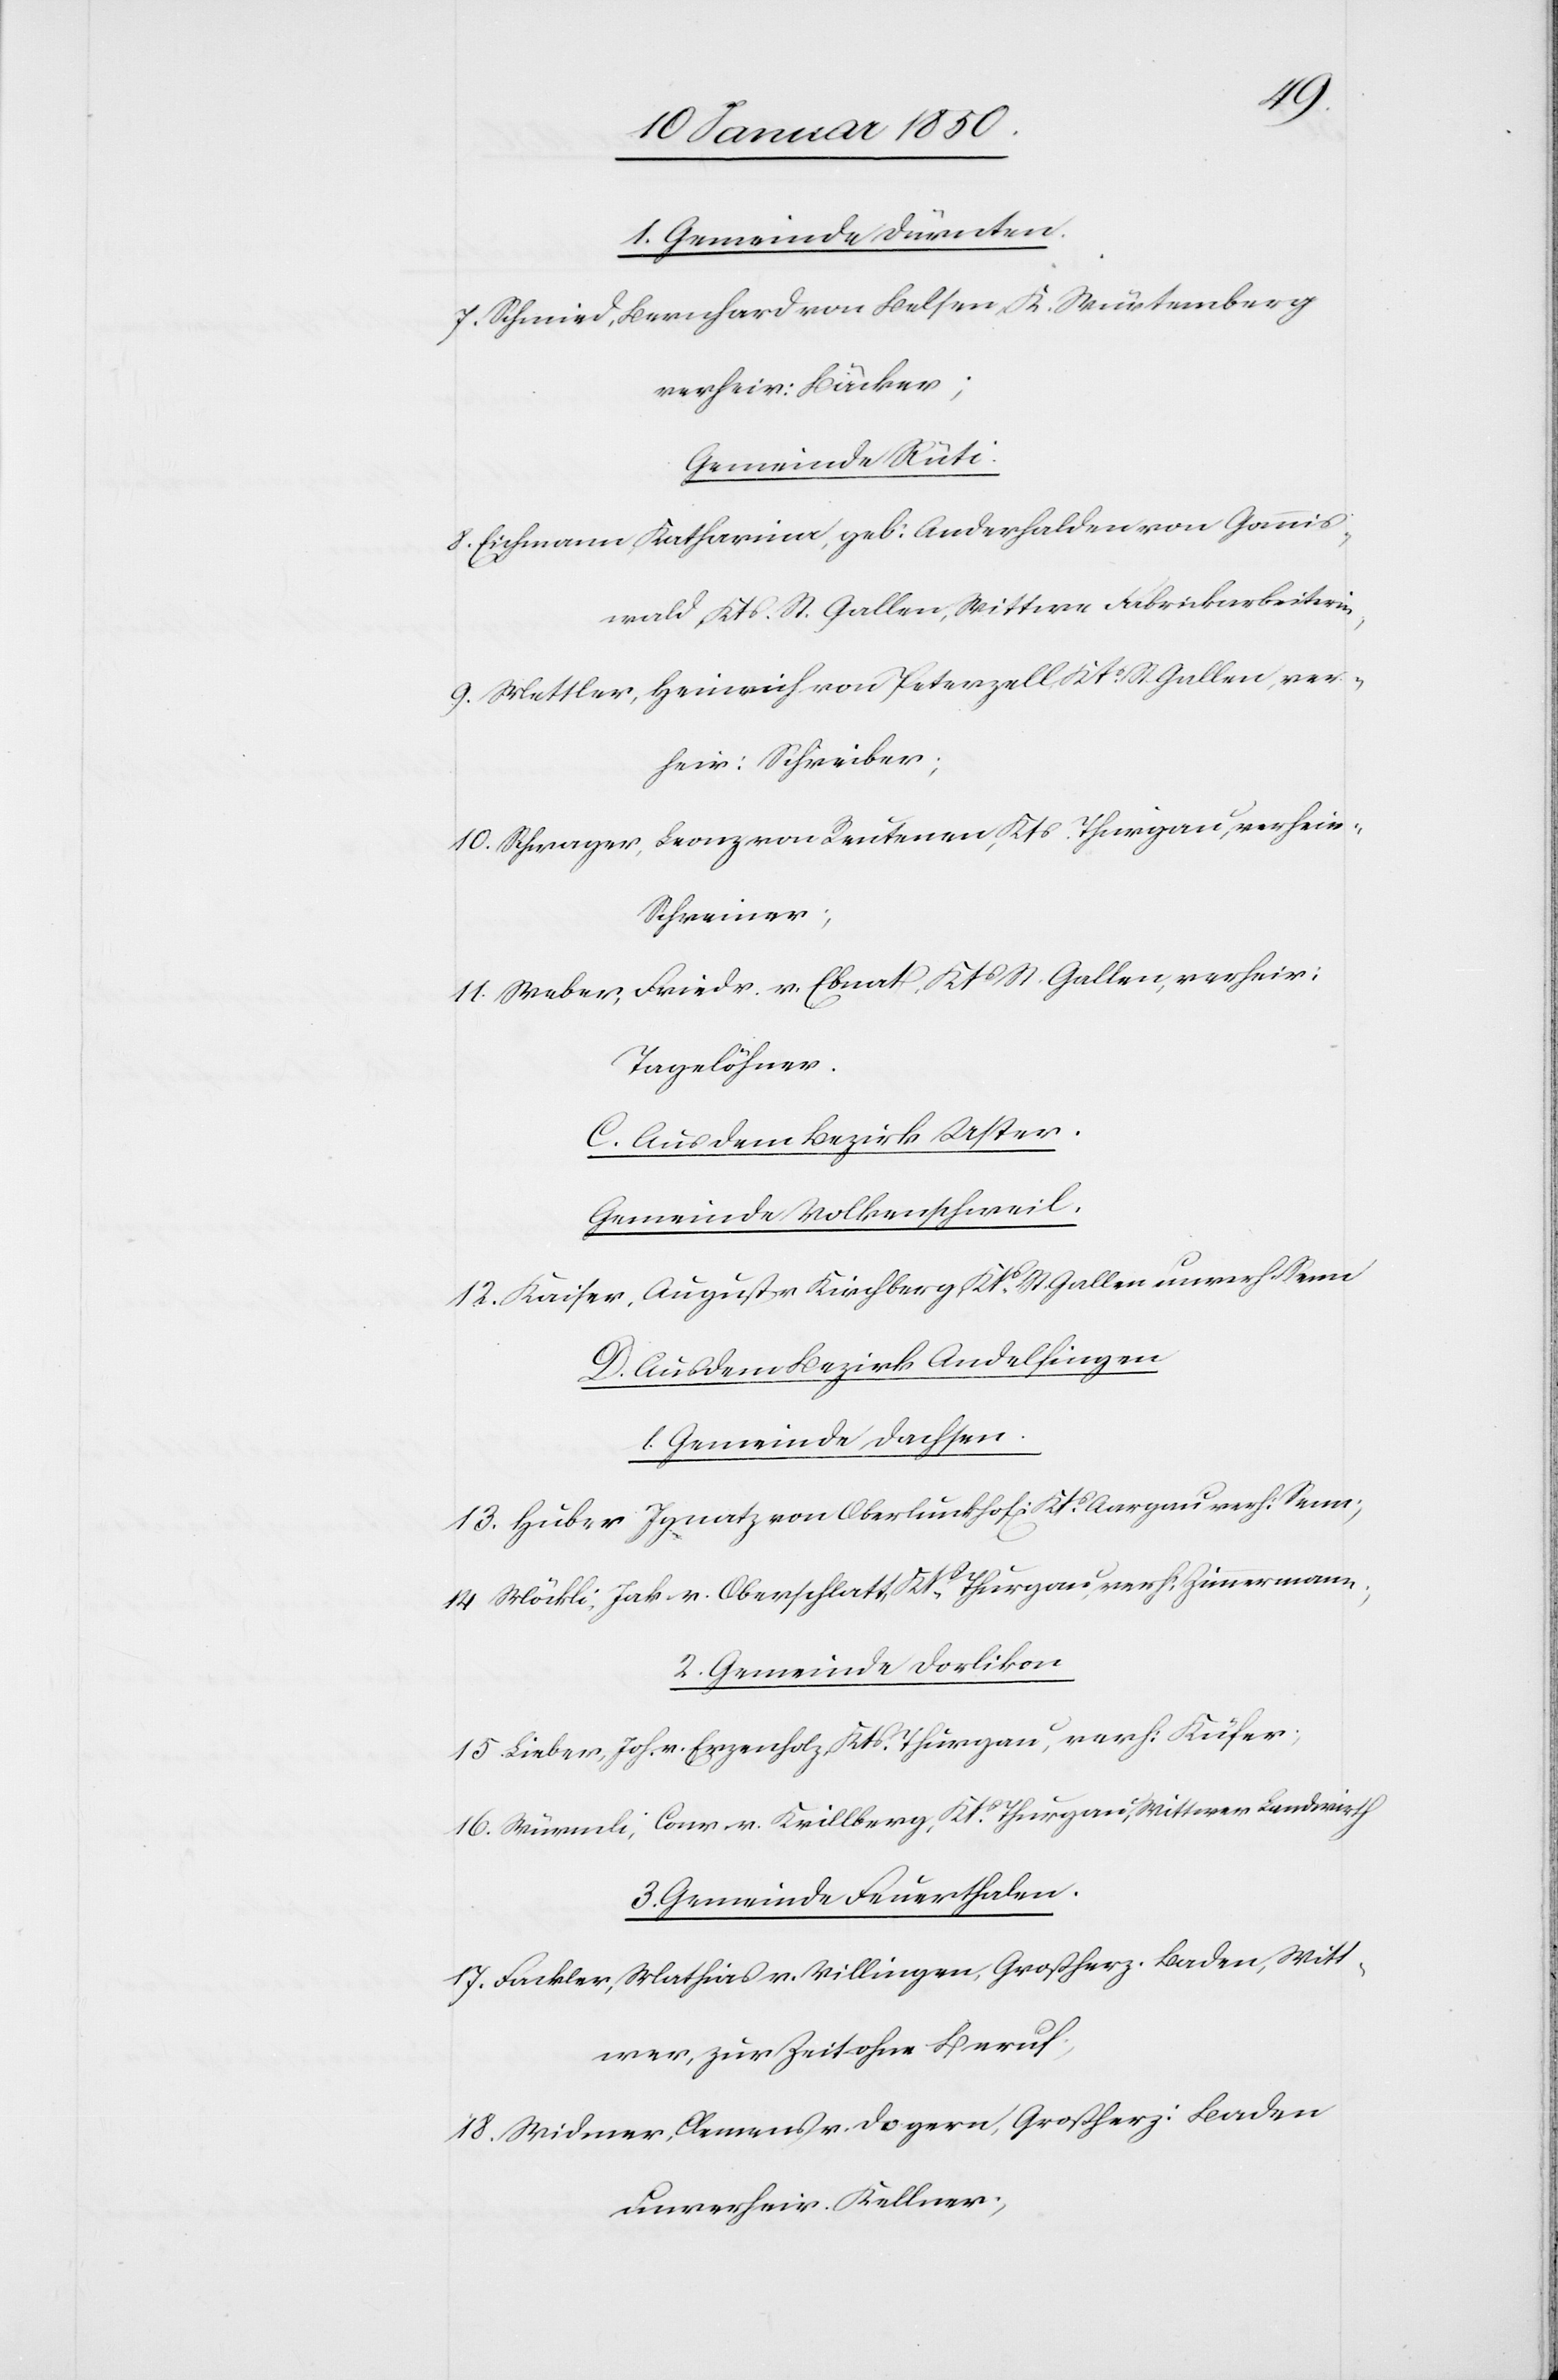
1. Gemeinde Dürnten.
7. Schmied, Bernhard von Belsen, K. Würtemberg
verheir: Bäcker;
Gemeinde Rüti.
8. Eichmann, Katharina, geb: Anderhalden von Gannis¬
wald, Kts. St. Gallen, Wittwe Fabrikarbeiterin,
9. Mettler, Heinrich von Peterzell, Kts St. Gallen, ver¬
heir: Schreiber;
10. Schwager, Leonz von Reutenen, Kts. Thurgau, verheir:
Schreiner;
11. Weber, Friedr. v. Ebnat, Kts St. Gallen, verheir:
Tagelöhner.
C. Aus dem Bezirk Uster.
Gemeinde Volkentschweil.
12. Kaiser, August v. Kirchberg, Kts St. Gallen unverh, Senn
D. Aus dem Bezirk Andelfingen
1. Gemeinde Dachsen.
13. Huber Ignatz von Oberlunkhof[en] Kts Aargau verh: Senn;
14 Möckli, Jak. v. Oberschlatt, Kts Thurgau, verh: Zimmermann;
2. Gemeinde Dorlikon
15. Lieber, Joh. v. Erzenholz, Kts. Thurgau, verh: Küfer;
16. Würmli, Conr. v. Krillberg, Kts. Thurgau, Wittwer Landwirth
3. Gemeinde Feuerthalen.
17. Fackler, Mathias v. Villingen, Großherz. Baden, Witt¬
wer, zur Zeit ohne Beruf,
18. Widmer, Clemens v. Dogern, Großherz: Baden
unverheir. Kellner;